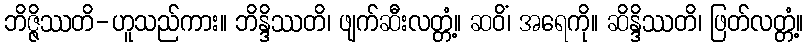
ဘိဇ္ဇိဿတိ-ဟူသည်ကား။ ဘိန္ဒိဿတိ၊ ဖျက်ဆီးလတ္တံ့။ ဆဝိံ၊ အရေကို။ ဆိန္ဒိဿတိ၊ ဖြတ်လတ္တံ့။